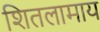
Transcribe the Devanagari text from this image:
शितलामाय